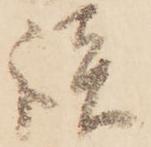
談